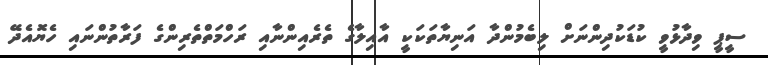
ސީޕީ ވިދާޅުވީ ކުޑަކުދިންނަށް ލިބެމުންދާ އަނިޔާތަކަކީ އާއިލާގެ ތެރެއިންނާއި ރަހްމަތްތެރިންގެ ފަރާތުންނައި ހެޔޮއެދޭ